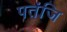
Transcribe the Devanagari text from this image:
पतंजि